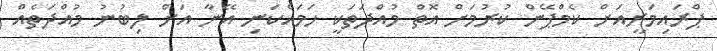
ޕްރައިމަރީއަށް ކެމްޕޭން ކުރުމަށް އޮތް މުއްދަތަކީ ހަމައެކަނި އޭނާ އަށް ލިބުނު މުއްދަތެއް